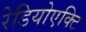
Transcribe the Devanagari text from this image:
रेडियोएक्टि